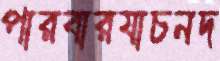
পারবারযাচনদ